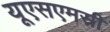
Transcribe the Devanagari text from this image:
यूएसएमसी